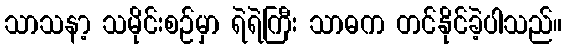
သာသနာ့ သမိုင်းစဉ်မှာ ရဲရဲကြီး သာဓက တင်နိုင်ခဲ့ပါသည်။